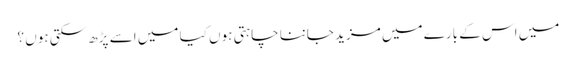
میں اس کے بارے میں مزید جاننا چاہتی ہوں کیا میں اسے پڑھ سکتی ہوں ؟